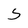
Character: S